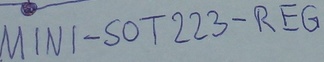
Text: MINI-SOT223-REG